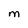
Character: M